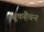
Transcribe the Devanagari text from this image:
ब्रूकहैवन